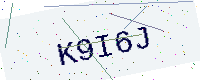
Text: K9I6J